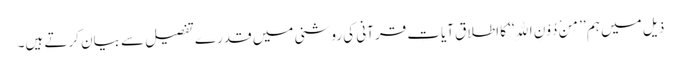
ذیل میں ہم ’’مِنْ دُوْنِ اللهِ‘‘ کا اطلاق آیاتِ قرآنی کی روشنی میں قدرے تفصیل سے بیان کرتے ہیں۔